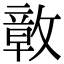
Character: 𭤊